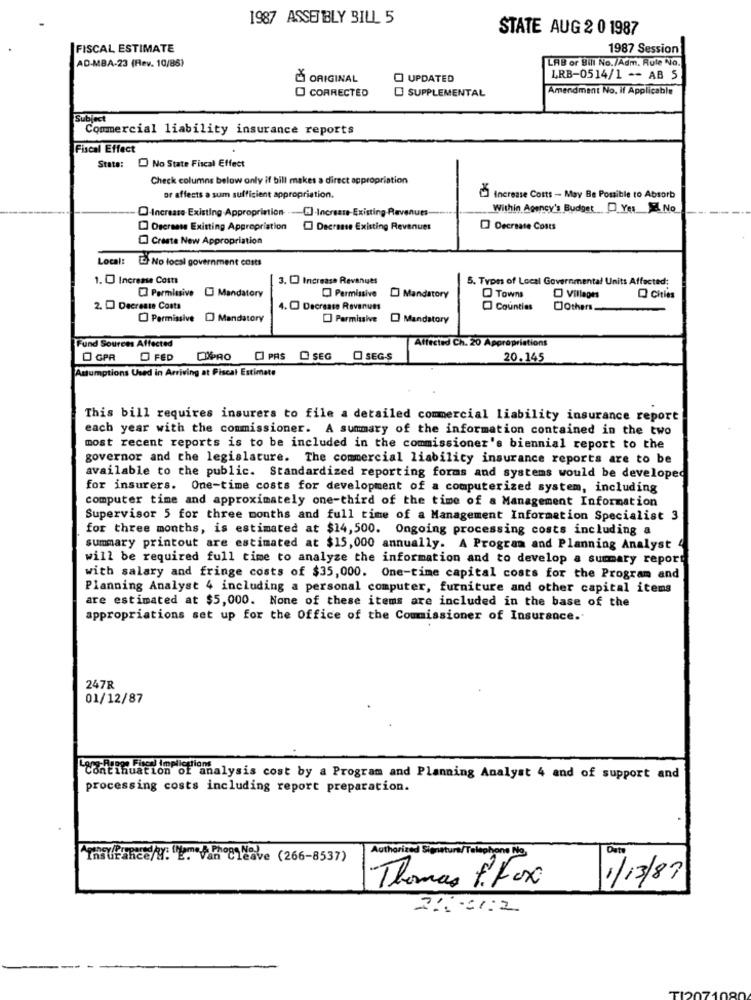
1987 ASSEMBLY BILL 5
STATE AUG 2 0 1987
FISCAL ESTIMATE
1987 Session
AD-MBA-23 (Rev. 10/86)
LAB or Bill No./Adm. Rule No.
ORIGINAL
O UPDATED
LRB-0514/1 -- AB 5
O CORRECTED
Amendment No, if Applicable
SUPPLEMENTAL
Subject
Commercial liability insurance reports
Fiscal Effect
Stats: No State Fiscal Effect
Check columns below only if bill makes a direct appropriation
or affects a sum sufficient appropriation.
Increase Costs - May Be Possible to Absorb
-Increase Existing Appropriation . - C].Increase-Existing-Revenues -***
Within Agency's Budget D Yer E No
Decrease Existing Appropriation
Deerense Existing Revenues
Decrease Costs
Create New Appropriation
Local: - No local government costs
1. O Increase Costa
3. [ Increase Revenues
5. Types of Local Governmental Units Affected:
[] Permissive [] Mandatory
Permissive
Mandatory
Towns
Villages
Cities
2. Decreste Costs
4. Decrease Revenues
Counties
Cothers_
Permissive [ Mandatory
Permissive
Mandatory
Fund Sources Affected
Affected Ch. 20 Appropriations
0 GPR
O FED
DIPRO
C PAS SEG O SEGS
20.145
Assumptions Used in Arriving at Fiscal Estimate
This bill requires insurers to file a detailed commercial liability insurance report
each year with the commissioner. A summary of the information contained in the two
most recent reports is to be included in the commissioner's biennial report to the
governor and the legislature. The commercial liability insurance reports are to be
available to the public. Standardized reporting forms and systems would be developed
for insurers. One-time costs for development of a computerized system, including
computer time and approximately one-third of the time of a Management Information
Supervisor 5 for three months and full time of a Management Information Specialist 3
for three months, is estimated at $14,500. Ongoing processing costs including a
summary printout are estimated at $15,000 annually. A Program and Planning Analyst 4
will be required full time to analyze the information and to develop a summary report
with salary and fringe costs of $35,000. One-time capital costs for the Program and
Planning Analyst 4 including a personal computer, furniture and other capital items
are estimated at $5,000. None of these items are included in the base of the
appropriations set up for the Office of the Commissioner of Insurance.
247R
01/12/87
Continuation of analysis cost by a Program and Planning Analyst 4 and of support and
processing costs including report preparation.
Date
Insurance/y: "L. Van Cleave (266-8537)
Authorized Signature/
Thomas P. Fox
1/13/87